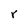
Character: r